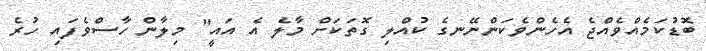
ބޮޑުކަމެއްވެއްޖެ އެހެންވެކަންނޭނގެ ކުއްލި ގޮތަކަށް މާލެ އެ އައީ" މިލާން ހާސްވެފައި ހުރެ